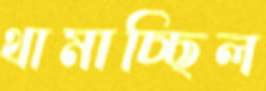
থামাচ্ছিল